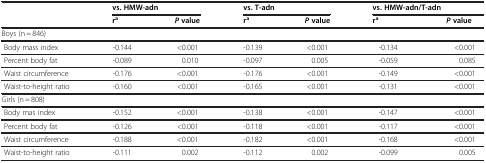
<table><thead><tr><td rowspan="2"><b> </b></td><td colspan="2"><b>vs. HMW-adn</b></td><td colspan="2"><b>vs. T-adn</b></td><td colspan="2"><b>vs. HMW-adn/T-adn</b></td></tr><tr><td><b>r<sup>a</sup></b></td><td><b><i>P </i>value</b></td><td><b>r<sup>a</sup></b></td><td><b><i>P </i>value</b></td><td><b>r<sup>a</sup></b></td><td><b><i>P </i>value</b></td></tr></thead><tbody><tr><td colspan="7">Boys (n = 846)</td></tr><tr><td> Body mass index</td><td>-0.144</td><td>&lt;0.001</td><td>-0.139</td><td>&lt;0.001</td><td>-0.134</td><td>&lt;0.001</td></tr><tr><td> Percent body fat</td><td>-0.089</td><td>0.010</td><td>-0.097</td><td>0.005</td><td>-0.059</td><td>0.085</td></tr><tr><td> Waist circumference</td><td>-0.176</td><td>&lt;0.001</td><td>-0.176</td><td>&lt;0.001</td><td>-0.149</td><td>&lt;0.001</td></tr><tr><td> Waist-to-height ratio</td><td>-0.160</td><td>&lt;0.001</td><td>-0.165</td><td>&lt;0.001</td><td>-0.131</td><td>&lt;0.001</td></tr><tr><td colspan="7">Girls (n = 808)</td></tr><tr><td> Body mas index</td><td>-0.152</td><td>&lt;0.001</td><td>-0.138</td><td>&lt;0.001</td><td>-0.147</td><td>&lt;0.001</td></tr><tr><td> Percent body fat</td><td>-0.126</td><td>&lt;0.001</td><td>-0.118</td><td>&lt;0.001</td><td>-0.117</td><td>&lt;0.001</td></tr><tr><td> Waist circumference</td><td>-0.188</td><td>&lt;0.001</td><td>-0.182</td><td>&lt;0.001</td><td>-0.168</td><td>&lt;0.001</td></tr><tr><td> Waist-to-height ratio</td><td>-0.111</td><td>0.002</td><td>-0.112</td><td>0.002</td><td>-0.099</td><td>0.005</td></tr></tbody></table>